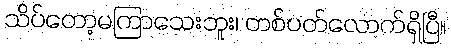
သိပ်တော့မကြာသေးဘူး၊ တစ်ပတ်လောက်ရှိပြီ။